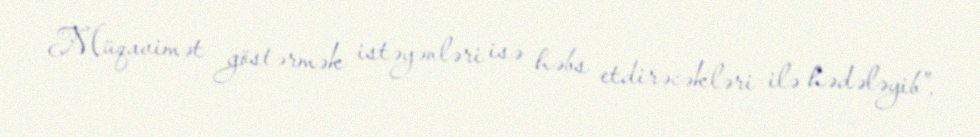
Müqavimət göstərmək istəyənləri isə həbs etdirəcəkləri ilə hədələyib”.